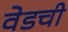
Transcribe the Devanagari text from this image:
वेडची